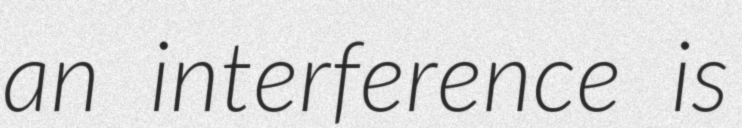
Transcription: an interference is